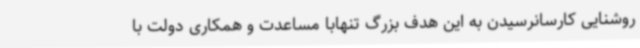
روشنایی کارسانرسیدن به این هدف بزرگ تنهابا مساعدت و همکاری دولت با